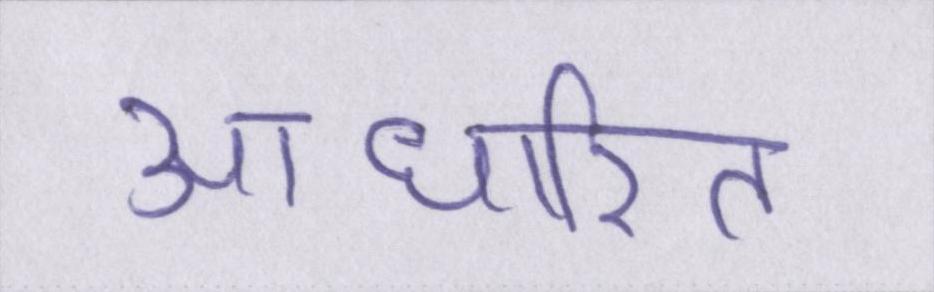
आधारित